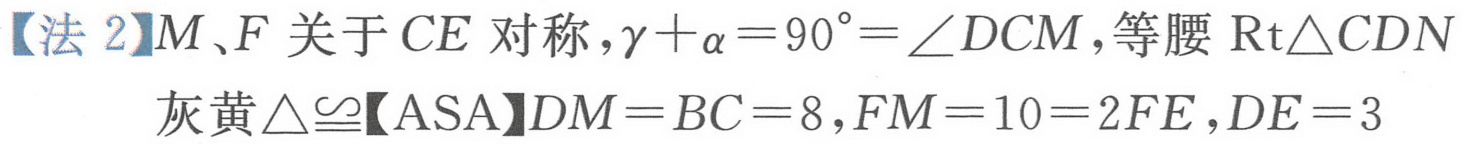
【法 2】\(M、F\) 关于 \(CE\) 对称，\(\gamma+\alpha = 90^{\circ}=\angle DCM\)，等腰 \(\text{Rt}\triangle CDN\)
灰黄 \(\triangle\cong\)【ASA】\(DM = BC = 8\)，\(FM = 10 = 2FE\)，\(DE = 3\)